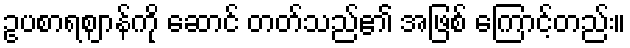
ဥပစာရဈာန်ကို ဆောင် တတ်သည်၏ အဖြစ် ကြောင့်တည်း။